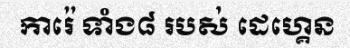
ការ៉េ ទាំង៨ របស់ ដេហ្គេន